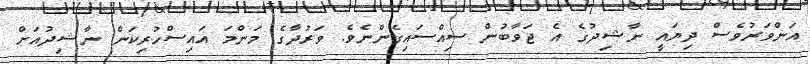
އަންވަރުވެސް ދިޔައީ ނާޝިދުގެ އެ ޖަވާބުން ސިއްސައިގެންނެވެ. ވަރުދާގެ މަންމަ އައިސްހުރިކަން ނާޝިދުއަށް